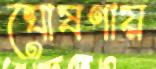
ঘোষণায়